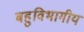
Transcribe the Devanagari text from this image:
बहुविभागीय